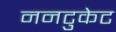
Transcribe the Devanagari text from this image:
ननटुकेट